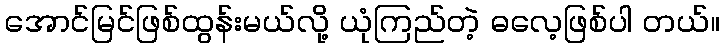
အောင်မြင်ဖြစ်ထွန်းမယ်လို့ ယုံကြည်တဲ့ ဓလေ့ဖြစ်ပါ တယ်။